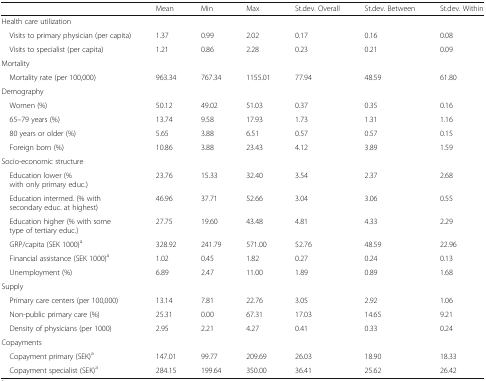
<table><thead><tr><td></td><td><b>Mean</b></td><td><b>Min</b></td><td><b>Max</b></td><td><b>St.dev. Overall</b></td><td><b>St.dev. Between</b></td><td><b>St.dev. Within</b></td></tr></thead><tbody><tr><td colspan="7">Health care utilization</td></tr><tr><td> Visits to primary physician (per capita)</td><td>1.37</td><td>0.99</td><td>2.02</td><td>0.17</td><td>0.16</td><td>0.08</td></tr><tr><td> Visits to specialist (per capita)</td><td>1.21</td><td>0.86</td><td>2.28</td><td>0.23</td><td>0.21</td><td>0.09</td></tr><tr><td colspan="7">Mortality</td></tr><tr><td> Mortality rate (per 100,000)</td><td>963.34</td><td>767.34</td><td>1155.01</td><td>77.94</td><td>48.59</td><td>61.80</td></tr><tr><td colspan="7">Demography</td></tr><tr><td> Women (%)</td><td>50.12</td><td>49.02</td><td>51.03</td><td>0.37</td><td>0.35</td><td>0.16</td></tr><tr><td> 65–79 years (%)</td><td>13.74</td><td>9.58</td><td>17.93</td><td>1.73</td><td>1.31</td><td>1.16</td></tr><tr><td> 80 years or older (%)</td><td>5.65</td><td>3.88</td><td>6.51</td><td>0.57</td><td>0.57</td><td>0.15</td></tr><tr><td> Foreign born (%)</td><td>10.86</td><td>3.88</td><td>23.43</td><td>4.12</td><td>3.89</td><td>1.59</td></tr><tr><td colspan="7">Socio-economic structure</td></tr><tr><td> Education lower (% with only primary educ.)</td><td>23.76</td><td>15.33</td><td>32.40</td><td>3.54</td><td>2.37</td><td>2.68</td></tr><tr><td> Education intermed. (% with secondary educ. at highest)</td><td>46.96</td><td>37.71</td><td>52.66</td><td>3.04</td><td>3.06</td><td>0.55</td></tr><tr><td> Education higher (% with some type of tertiary educ.)</td><td>27.75</td><td>19.60</td><td>43.48</td><td>4.81</td><td>4.33</td><td>2.29</td></tr><tr><td> GRP/capita (SEK 1000)<sup>a</sup></td><td>328.92</td><td>241.79</td><td>571.00</td><td>52.76</td><td>48.59</td><td>22.96</td></tr><tr><td> Financial assistance (SEK 1000)<sup>a</sup></td><td>1.02</td><td>0.45</td><td>1.82</td><td>0.27</td><td>0.24</td><td>0.13</td></tr><tr><td> Unemployment (%)</td><td>6.89</td><td>2.47</td><td>11.00</td><td>1.89</td><td>0.89</td><td>1.68</td></tr><tr><td colspan="7">Supply</td></tr><tr><td> Primary care centers (per 100,000)</td><td>13.14</td><td>7.81</td><td>22.76</td><td>3.05</td><td>2.92</td><td>1.06</td></tr><tr><td> Non-public primary care (%)</td><td>25.31</td><td>0.00</td><td>67.31</td><td>17.03</td><td>14.65</td><td>9.21</td></tr><tr><td> Density of physicians (per 1000)</td><td>2.95</td><td>2.21</td><td>4.27</td><td>0.41</td><td>0.33</td><td>0.24</td></tr><tr><td colspan="7">Copayments</td></tr><tr><td> Copayment primary (SEK)<sup>a</sup></td><td>147.01</td><td>99.77</td><td>209.69</td><td>26.03</td><td>18.90</td><td>18.33</td></tr><tr><td> Copayment specialist (SEK)<sup>a</sup></td><td>284.15</td><td>199.64</td><td>350.00</td><td>36.41</td><td>25.62</td><td>26.42</td></tr></tbody></table>